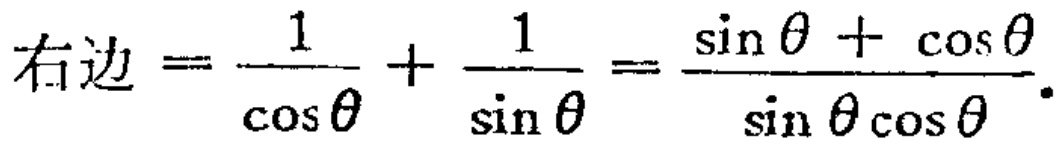
右边 \(=\frac{1}{\cos\theta}+\frac{1}{\sin\theta}=\frac{\sin\theta + \cos\theta}{\sin\theta\cos\theta}\)